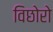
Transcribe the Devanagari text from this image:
विछोरो